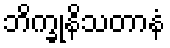
ဘိက္ခုနိသတာနံ